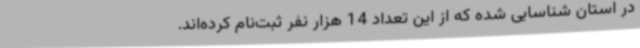
در استان شناسایی شده که از این تعداد 14 هزار نفر ثبت‌نام کرده‌اند.